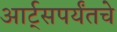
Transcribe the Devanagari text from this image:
आर्ट्‌सपर्यंतचे